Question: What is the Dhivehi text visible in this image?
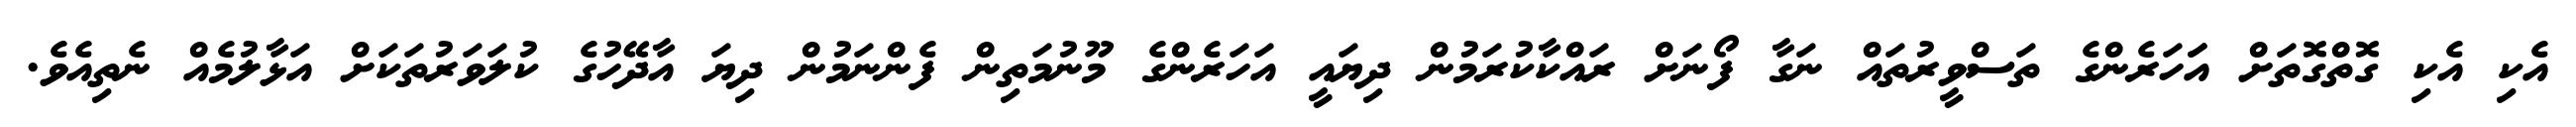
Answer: އެކި އެކި ގޮތްގޮތަށް އަަހަރެންގެ ތަސްވީރުތައް ނަގާ ފޯނަށް ރައްކާކުރަމުން ދިޔައީ އަހަރެންގެ މޫނުމަތިން ފެންނަމުން ދިޔަ އާދޭހުގެ ކުލަވަރުތަކަށް އަޅާލުމެއް ނެތިއެވެ.